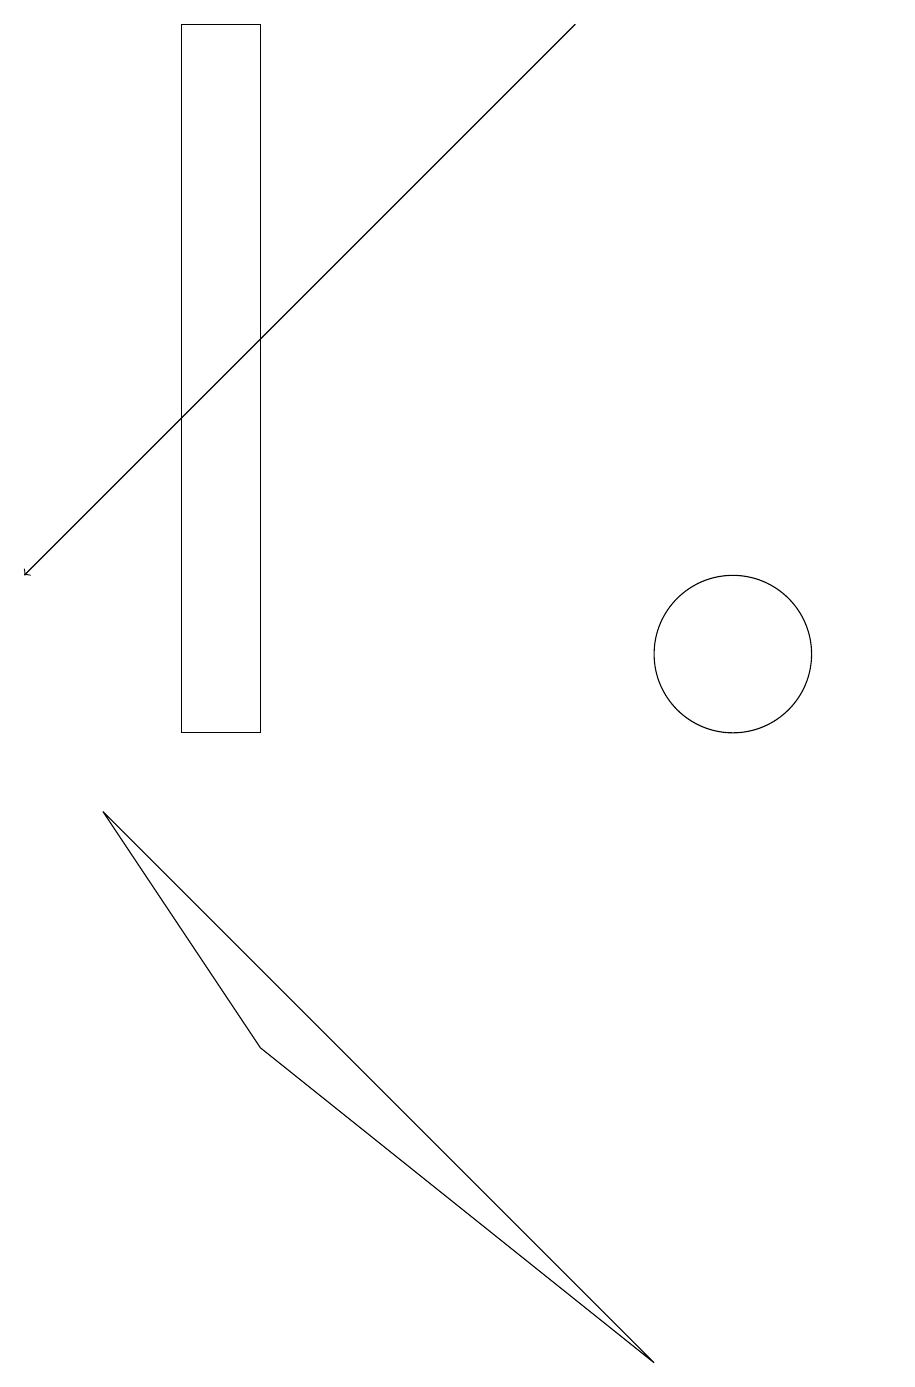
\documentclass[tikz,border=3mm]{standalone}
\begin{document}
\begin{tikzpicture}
\draw (12,11) circle (0);
\draw (4,10) rectangle (3,19);
\draw (4,6) -- (9,2) -- (2,9) -- cycle;
\draw[->] (8,19) -- (1,12);
\draw (10,11) circle (1);
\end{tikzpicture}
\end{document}